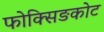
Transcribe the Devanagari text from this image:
फोक्सिङकोट